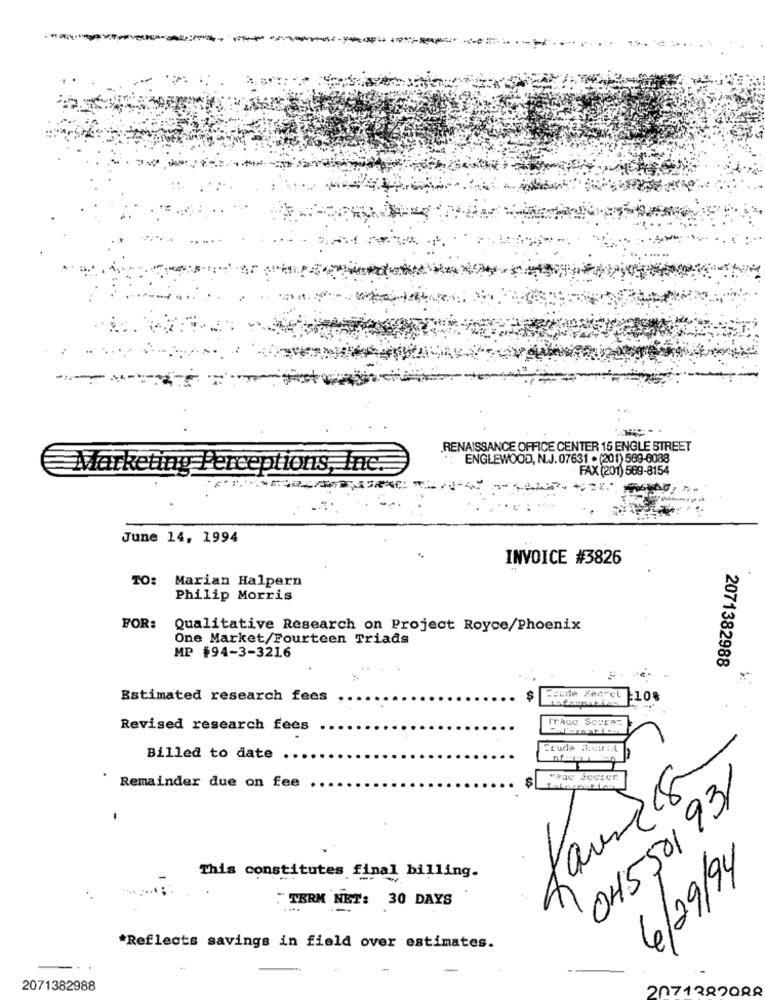
------
RENAISSANCE OFFICE CENTER 15 ENGLE STREET
ENGLEWOOD, N.J. 07631 . (201) 569-6088
Marketing Perceptions, Ine:
FAX (201) 569-8154
June 14, 1994
INVOICE #3826
TO:
Marian Halpern
Philip Morris
FOR:
Qualitative Research on Project Royce/Phoenix
One Market/Fourteen Triads
MP #94-3-3216
2071382988
Estimated research fees
$
Jeude Sacycl 10%
Trace Scurez
Revised research fees
Crude #3eur :. L
Billed to date
Wac SCCser
Remainder due on fee
Jaune 8
045501 931
6/29/94
This constitutes final billing.
" TERM NET: 30 DAYS
*Reflects savings in field over estimates.
2071382988
2071382088